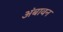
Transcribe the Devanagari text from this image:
अंबावन